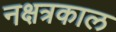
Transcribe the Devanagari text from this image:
नक्षत्रकाल